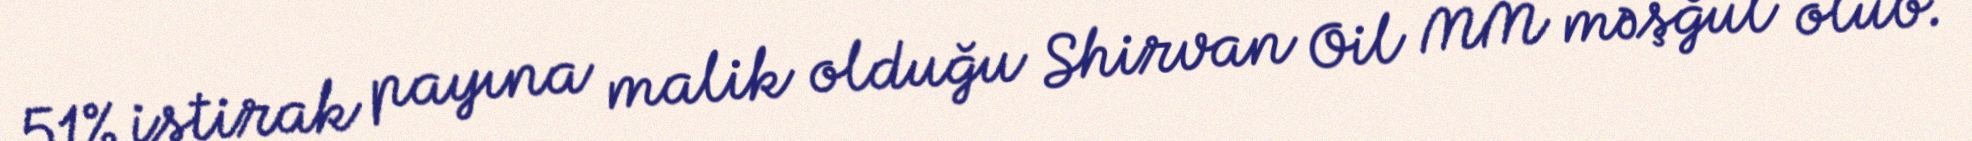
51% iştirak payına malik olduğu Shirvan Oil MM məşğul olub.